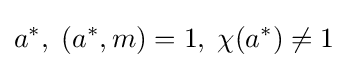
a^{*},\;(a^{*},m)=1,\;\chi (a^{*})\neq 1